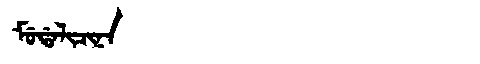
Manchu: ᠮᡠᡩᠠᠯᡳᠴᡳᠨᠠ
Romanization: MUDALICINA